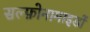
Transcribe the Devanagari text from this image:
सल्फ़ोनामाइडों